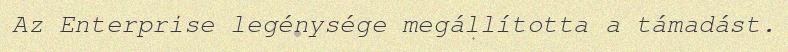
Az Enterprise legénysége megállította a támadást.